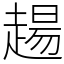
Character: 𧼮